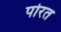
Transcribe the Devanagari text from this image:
पोरत